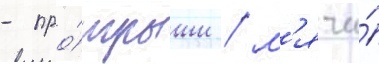
- про́игрыши / м'ячи́